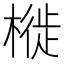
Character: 𣘩